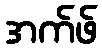
အက်ဖ်